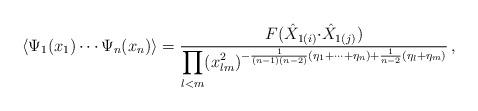
LaTeX: \begin{align*}\langle \Psi_{1}(x_{1})\cdots\Psi_{n}(x_{n})\rangle=\displaystyle{\frac{F(\hat{X}_{1(i)}{\cdot\hat{X}_{1(j)}})}{\displaystyle{\prod_{l<m}(x_{lm}^{2})^{-\frac{1}{(n-1)(n-2)}(\eta_{1}+\cdots+\eta_{n})+\frac{1}{n-2}(\eta_{l}+\eta_{m})}}}}\,,\end{align*}